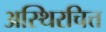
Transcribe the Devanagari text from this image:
अस्थिरचित्त